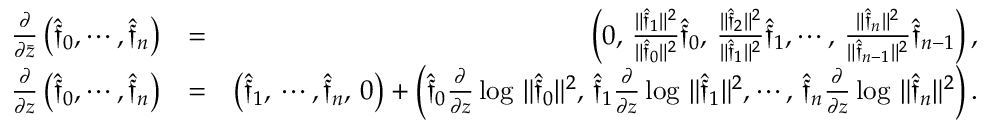
\begin{array} { r l r } { \frac { \partial } { \partial \bar { z } } \left( \hat { \mathfrak f } _ { 0 } , \cdots , \hat { \mathfrak f } _ { n } \right) } & { = } & { \left( 0 , \, \frac { \| \hat { \mathfrak f } _ { 1 } \| ^ { 2 } } { \| \hat { \mathfrak f } _ { 0 } \| ^ { 2 } } \hat { \mathfrak f } _ { 0 } , \, \frac { \| \hat { \mathfrak f } _ { 2 } \| ^ { 2 } } { \| \hat { \mathfrak f } _ { 1 } \| ^ { 2 } } \hat { \mathfrak f } _ { 1 } , \cdots , \, \frac { \| \hat { \mathfrak f } _ { n } \| ^ { 2 } } { \| \hat { \mathfrak f } _ { n - 1 } \| ^ { 2 } } \hat { \mathfrak f } _ { n - 1 } \right) , } \\ { \frac { \partial } { \partial z } \left( \hat { \mathfrak f } _ { 0 } , \cdots , \hat { \mathfrak f } _ { n } \right) } & { = } & { \left( \hat { \mathfrak f } _ { 1 } , \, \cdots , \hat { \mathfrak f } _ { n } , \, 0 \right) + \left( \hat { \mathfrak f } _ { 0 } \frac { \partial } { \partial z } \log \, \| \hat { \mathfrak f } _ { 0 } \| ^ { 2 } , \, \hat { \mathfrak f } _ { 1 } \frac { \partial } { \partial z } \log \, \| \hat { \mathfrak f } _ { 1 } \| ^ { 2 } , \cdots , \, \hat { \mathfrak f } _ { n } \frac { \partial } { \partial z } \log \, \| \hat { \mathfrak f } _ { n } \| ^ { 2 } \right) . } \end{array}